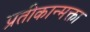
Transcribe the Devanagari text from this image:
प्रतीकान्मक्ता